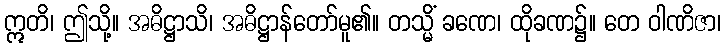
ဣတိ၊ ဤသို့။ အဓိဋ္ဌာသိ၊ အဓိဋ္ဌာန်တော်မူ၏။ တသ္မိံ ခဏေ၊ ထိုခဏ၌။ တေ ဝါဏိဇာ၊